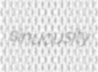
sinuousity